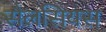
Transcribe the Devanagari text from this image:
सैलसियस